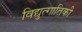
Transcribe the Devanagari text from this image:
विद्युत्गातिकी